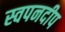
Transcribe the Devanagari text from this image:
स्वपनदीप